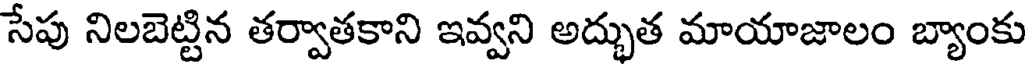
సేపు నిలబెట్టిన తర్వాతకాని ఇవ్వని అద్భుత మాయాజాలం బ్యాంకు